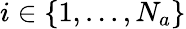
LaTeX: i\in\{ 1,...,N_{a}\}